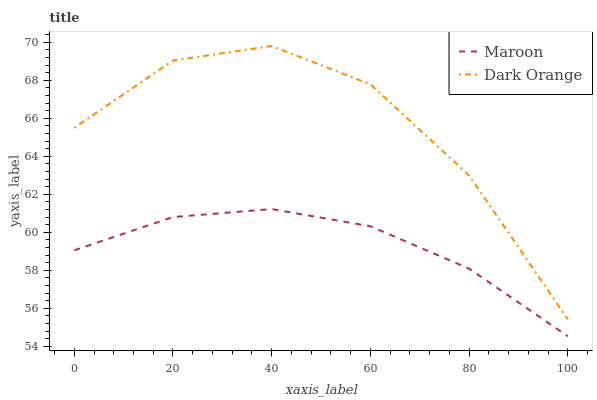
| xaxis_label | Maroon | Dark Orange |
 | --- | --- | --- |
 | 0 | 59.1 | 65.5 |
 | 20 | 60.8 | 69 |
 | 40 | 61.2 | 69.8 |
 | 60 | 60.3 | 67.8 |
 | 80 | 58.1 | 63 |
 | 100 | 54.5 | 55.4 |